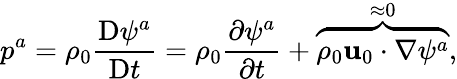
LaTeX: p^{a}=\rho_{0}\frac{\mathrm{D}\psi^{a}}{\mathrm{D}t}=\rho_{0}\frac{\partial\psi^{a}}{\partial t}+\overbrace{\rho_{0}\mathbf{u}_{0}\cdot\nabla\psi^{a}}^{\approx 0},